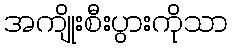
အကျိုးစီးပွားကိုသာ